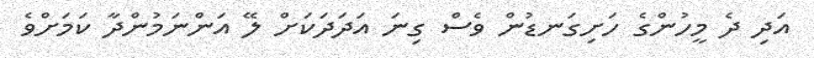
އަދި ދެ މީހުންގެ ހަށިގަނޑުން ވެސް ގިނަ އަދަދަކަށް ލޭ އަންނަމުންދާ ކަމަށްވެ